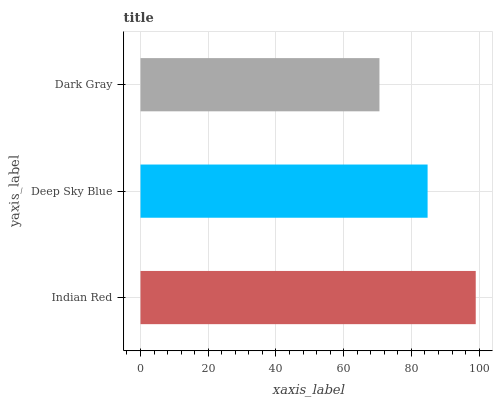
| yaxis_label | bars |
 | --- | --- |
 | Indian Red | 99 |
 | Deep Sky Blue | 84.8 |
 | Dark Gray | 70.6 |